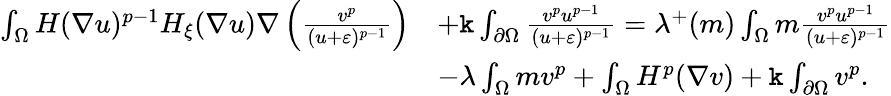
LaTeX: \begin{array}{rl}{\int_{\Omega}H(\nabla u)^{p-1}H_{\xi}(\nabla u)\nabla\left(\frac{v^{p}}{(u+\varepsilon)^{p-1}}\right)}&{+\mathtt k\int_{\partial\Omega}\frac{v^{p}u^{p-1}}{(u+\varepsilon)^{p-1}}=\lambda^{+}(m)\int_{\Omega}m\frac{v^{p}u^{p-1}}{(u+\varepsilon)^{p-1}}}\\ &{-\lambda\int_{\Omega}mv^{p}+\int_{\Omega}H^{p}(\nabla v)+\mathtt k\int_{\partial\Omega}v^{p}.}\end{array}